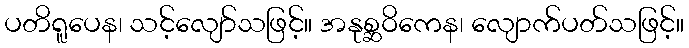
ပတိရူပေန၊ သင့်လျော်သဖြင့်။ အနုစ္ဆဝိကေန၊ လျောက်ပတ်သဖြင့်။